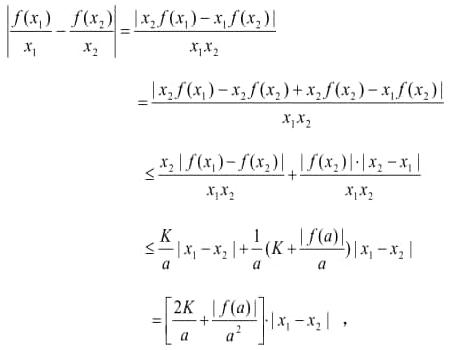
\begin{align*}
\left|\frac{f(x_1)}{x_1}-\frac{f(x_2)}{x_2}\right|&=\frac{\left|x_2f(x_1)-x_1f(x_2)\right|}{x_1x_2}\\
&=\frac{\left|x_2f(x_1)-x_2f(x_2)+x_2f(x_2)-x_1f(x_2)\right|}{x_1x_2}\\
&\leq\frac{x_2\left|f(x_1)-f(x_2)\right|}{x_1x_2}+\frac{\left|f(x_2)\right|\cdot\left|x_2 - x_1\right|}{x_1x_2}\\
&\leq\frac{K}{a}\left|x_1 - x_2\right|+\frac{1}{a}\left(K+\frac{\left|f(a)\right|}{a}\right)\left|x_1 - x_2\right|\\
&=\left[\frac{2K}{a}+\frac{\left|f(a)\right|}{a^2}\right]\left|x_1 - x_2\right|,
\end{align*}